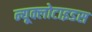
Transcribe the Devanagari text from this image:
न्यूक्लोटाइडस